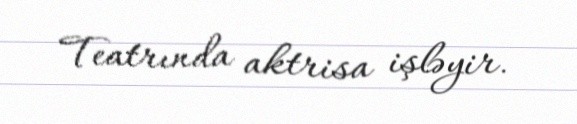
Teatrında aktrisa işləyir.